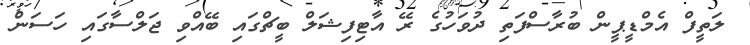
ލަތީފް އެމްޑީޕީން ބުރާސްފަތި ދުވަހުގެ ރޭ އާޓިފިޝަލް ބީޗްގައި ބޭއްވި ޖަލްސާގައި ހަސަން